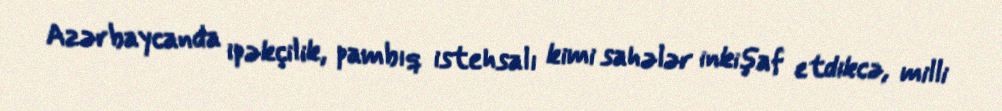
Azərbaycanda ipəkçilik, pambıq istehsalı kimi sahələr inkişaf etdikcə, milli